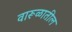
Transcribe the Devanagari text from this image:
वारूळातील